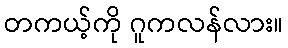
တကယ့်ကို ဂူကလန်လား။